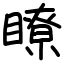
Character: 瞭